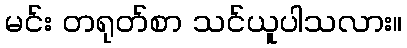
မင်း တရုတ်စာ သင်ယူပါသလား။